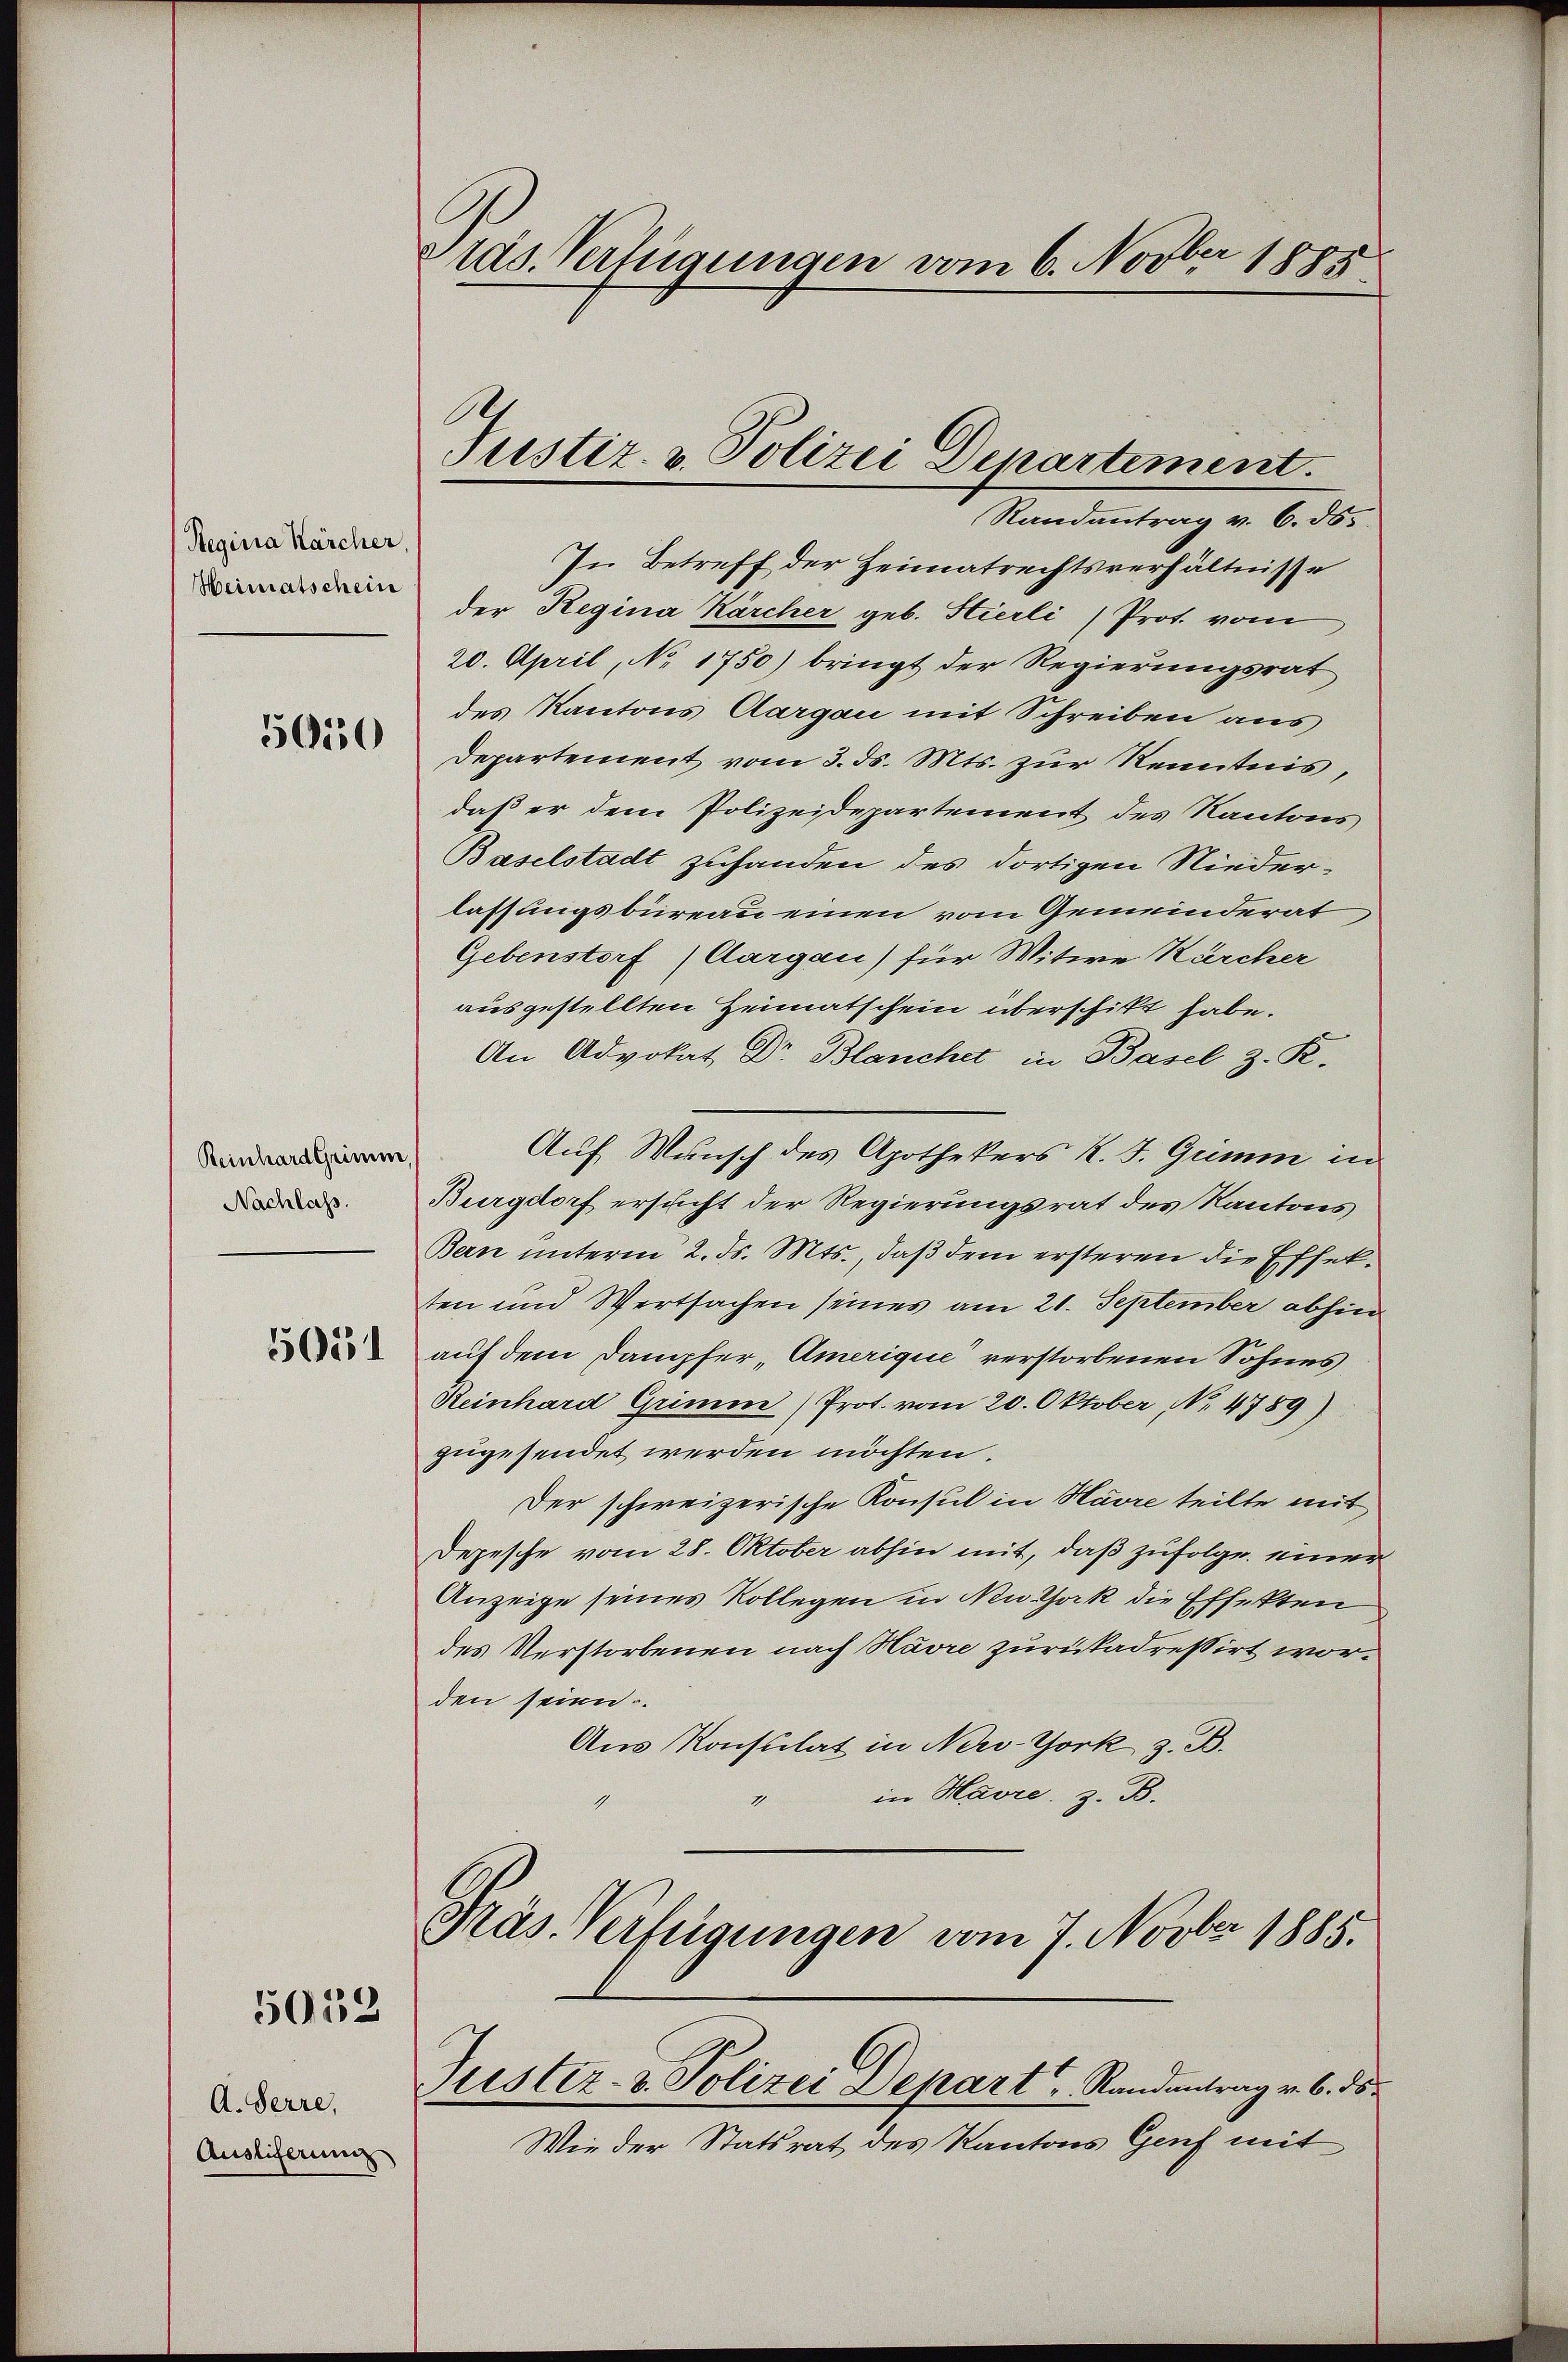
Regina Kärcher,
Heimatschein

5050

Reinhard Grimm
Nachlass.

5051

5052

A. Herre,
Ausliferung

ras. Verfügungen vom 6. Novber 1885

Randantrag v. 6. ds.
In Betreff der Heimatrechtsverhältnisse
der Regina Kärcher geb. Hierli) Prot. vom
20. April, No 1750) bringt der Regierungsrat
des Kantons Aargau mit Schreiben aus
Departement vom 3. ds. Mts. zur Kenntnis,
daß er dem Polizeidepartement des Kantons
Baselstadt zuhanden des dortigen Niederlassungsbüreau einen vom Gemeinderat
Gebenstorf (Aargau) für Witwe Kärcher
ausgestellten Heimatschein überschikt habe.
An Advokat Dr. Blanchet, in Basel z. R.
Auf Wunsch des Apothekers K. J. Grimm in
Burgdorf ersucht der Regierungsrat des Kantons
Bern unterm 2. ds. Mts., daß dem ersteren die Effekten und Wertsachen seines am 21. September abhin
auf dem Dampfer „Amerigue verstorbenen Sohnes
Reinhard Grimm) Prot. vom 20. Oktober, No. 4789)
zugesendet werden möchten.
Der schweizerische Konsul in Havre teilte mit
Depesche vom 28. Oktober abhin mit, daß zufolge einer
Anzeige seines Kollegen in Neuthock die Effekten
des Verstorbenen nach Havre zurükadressirt worden seien.
Aus Konsulat in New-York z. B.
in Havre, z. B.

Justiz- & Polizei Departement.

Präs. Verfügungen vom 7. Novbr 1885.
Justiz- & Polizei Depart, Randantrag v. 6. ds.

Wie der Statsrat des Kantons Genf mit